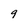
Character: 9